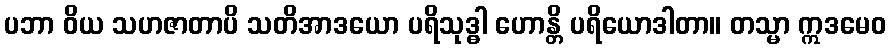
ပဘာ ဝိယ သဟဇာတာပိ သတိအာဒယော ပရိသုဒ္ဓါ ဟောန္တိ ပရိယောဒါတာ။ တသ္မာ ဣဒမေဝ